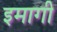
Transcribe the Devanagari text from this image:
इमागी